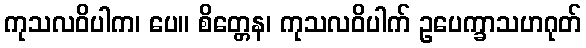
ကုသလဝိပါက၊ ပေ။ စိတ္တေန၊ ကုသလဝိပါက် ဥပေက္ခာသဟဂုတ်